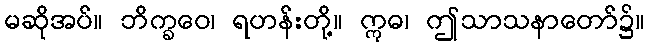
မဆိုအပ်။ ဘိက္ခဝေ၊ ရဟန်းတို့။ ဣဓ၊ ဤသာသနာတော်၌။